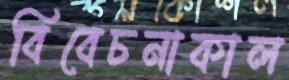
বিবেচনাকাল